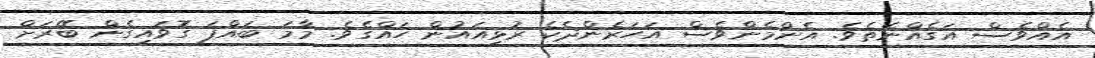
އެއްވެސް އަގެއްނެތެވެ. އެންމެންވެސް އަހަރެންދެކެ ރުޅިއައުން ހައްގެވެ. މާމަ ބައްޕަ ގޮވައިގެން ބޭރަށް